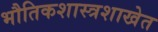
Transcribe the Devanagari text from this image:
भौतिकशास्त्रशाखेत